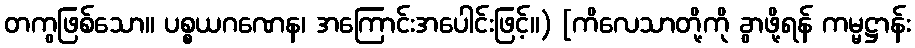
တကွဖြစ်သော။ ပစ္စယဂဏေန၊ အကြောင်းအပေါင်းဖြင့်။) [ကိလေသာတို့ကို ခွာဖို့ရန် ကမ္မဋ္ဌာန်း